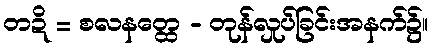
တဍိ = စလနတ္ထေ - တုန်လှုပ်ခြင်းအနက်၌။